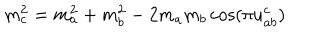
m _ { c } ^ { 2 } = m _ { a } ^ { 2 } + m _ { b } ^ { 2 } - 2 m _ { a } m _ { b } \cos ( \pi u _ { a b } ^ { c } )